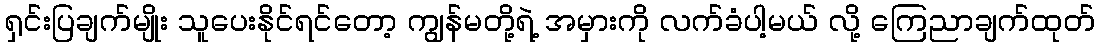
ရှင်းပြချက်မျိုး သူပေးနိုင်ရင်တော့ ကျွန်မတို့ရဲ့ အမှားကို လက်ခံပါ့မယ် လို့ ကြေညာချက်ထုတ်